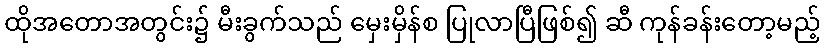
ထိုအတောအတွင်း၌ မီးခွက်သည် မှေးမှိန်စ ပြုလာပြီဖြစ်၍ ဆီ ကုန်ခန်းတော့မည့်